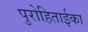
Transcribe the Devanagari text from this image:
पुरोहिताईका